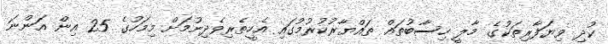
ކުދި ވިޔަފާރިތަކުގެ މާލީ ހިސާބުތައް ތައްޔާރުކުރުމުގައި އެހީތެރިވެދިނުމަށް މިމަހުގެ 25 އިން އަންނަ